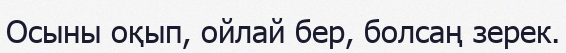
Осыны оқып, ойлай бер, болсаң зерек.